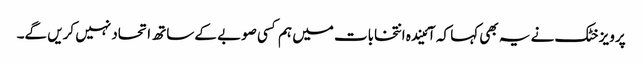
پرویز خٹک نے یہ بھی کہا کہ آئیندہ انتخابات میں ہم کسی صوبے کے ساتھ اتحاد نہیں کریں گے۔